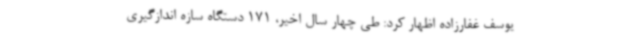
یوسف غفارزاده اظهار کرد: طی چهار سال اخیر، 171 دستگاه سازه اندازگیری